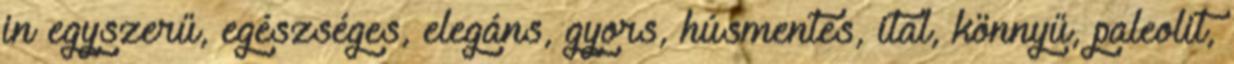
in egyszerű, egészséges, elegáns, gyors, húsmentes, ital, könnyű, paleolit,